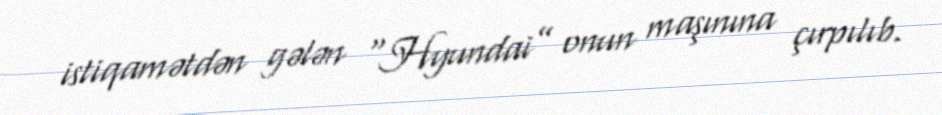
istiqamətdən gələn “Hyundai” onun maşınına çırpılıb.